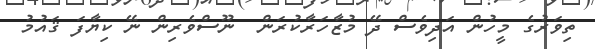
ތިވަރުގެ މީހުން އަދިވެސް ދޭ މުޒާހަރާކުރަން  ނޫސްވެރިން ނޭ ކިޔާފަ ޤައުމު